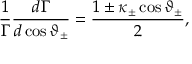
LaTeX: \frac { 1 } { \Gamma } \frac { d \Gamma } { d \cos \vartheta _ { \pm } } = \frac { 1 \pm \kappa _ { \pm } \cos \vartheta _ { \pm } } { 2 } ,